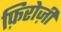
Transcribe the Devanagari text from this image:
फ़िरोज़ी